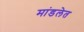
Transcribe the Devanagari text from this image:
मांडलेत